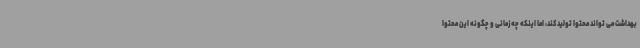
بهداشت می تواند محتوا تولید کند، اما اینکه چه زمانی و چگونه این محتوا